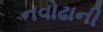
નવોઢાની